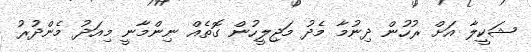
ޝަކީލާ އަށް ރުހުން ދިނުމާ މެދު މަޖިލީހުން ގޮތެއް ނިންމާނީ މިއަދު މެންދުރު